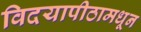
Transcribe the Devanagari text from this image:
विदयापीठामधून